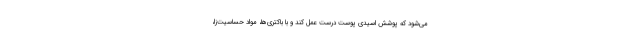
می‌شود که پوشش اسیدی پوست درست عمل کند و با باکتری‌ها، مواد حساسیت‌زا،